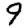
Digit: 9